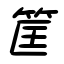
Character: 筐